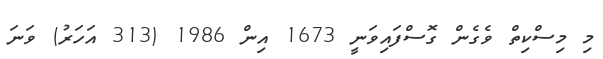
މި މިސްކިތް ވެގެން ގޮސްފައިވަނީ 1673 އިން 1986 (313 އަހަރު) ވަނަ